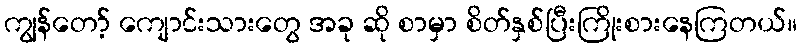
ကျွန်တော့် ကျောင်းသားတွေ အခု ဆို စာမှာ စိတ်နှစ်ပြီးကြိုးစားနေကြတယ်။